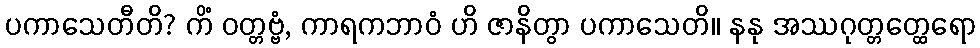
ပကာသေတီတိ? ကိံ ဝတ္တဗ္ဗံ, ကာရကဘာဝံ ဟိ ဇာနိတွာ ပကာသေတိ။ နနု အဿဂုတ္တတ္ထေရော